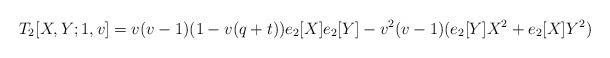
LaTeX: \begin{align*}T_2[X,Y;1,v]=v(v-1) (1-v(q+t)) e_2[X] e_2[Y] -v^2 (v-1) (e_2[Y] X^2 + e_2[X] Y^2) \end{align*}